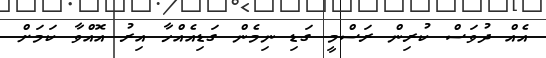
އެއް ދުވަސް ކުރިން ރަސްމީ ގަޑި ނިމެން ގަޑިއެއްހާ އިރު އޮއްވާ ކަމަށް